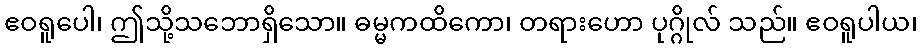
ဧဝရူပေါ၊ ဤသို့သဘောရှိသော။ ဓမ္မကထိကော၊ တရားဟော ပုဂ္ဂိုလ် သည်။ ဧဝရူပါယ၊